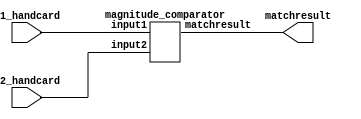
// compare : ????? ?  ??? ?? ?? 

module compare(
    input [3:0] p1_handcard,
    input [3:0] p2_handcard,
    output [1:0] matchresult


);
    // 4-bit magnitude comparator? 
    // matchresult ?
    // 00
    // 01 draw
    // 10 p1?
    // 11 p2?
magnitude_comparator compare(p1_handcard, p2_handcard, matchresult);


    

endmodule

module onebit_cmp(
    input in_a, in_b,
    output [1:0]result

    );
     wire andab1, andab2;
    and(andab1, ~in_a,in_b);
    and(andab2, in_a,~in_b);
    or(result[1], andab1, andab2);

    or(result[0], ~in_a, in_b);


endmodule



/////??
module magnitude_comparator(// 1? ?  ?????   ??. 01, 10,11? ??, ? ?? 
    input [3:0] input1,
    input [3:0] input2,
    output [1:0] matchresult); // ,

    wire [1:0] res_0, res_1,res_2,res_3;
    //1? 
    onebit_cmp cmp3(input1[3],input2[3],res_3);//? ??
    onebit_cmp cmp2(input1[2],input2[2],res_2);
    onebit_cmp cmp1(input1[1],input2[1],res_1);
    onebit_cmp cmp0(input1[0],input2[0],res_0);//? ??? ?


    // 
   assign matchresult[1] = res_3[1] | (~res_3[1] & res_3[0] & (res_2[1] | (~res_2[1] & res_2[0] & (res_1[1] | (~res_3[1] & res_1[0] & res_0[1])))));

assign matchresult[0]=(res_3[1]&res_3[0])|(~res_3[1]&res_3[0]&res_2[0]&(res_2[1]| (~res_2[1]&res_1[0]&(res_1[1]|(~res_1[1]&res_0[0])))));


endmodule